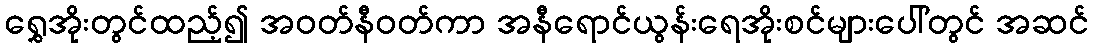
ရွှေအိုးတွင်ထည့်၍ အဝတ်နီဝတ်ကာ အနီရောင်ယွန်းရေအိုးစင်များပေါ်တွင် အဆင်